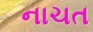
નાચત